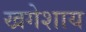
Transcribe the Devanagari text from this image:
खगेशाय